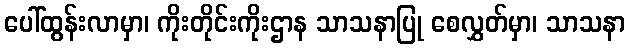
ပေါ်ထွန်းလာမှာ၊ ကိုးတိုင်းကိုးဌာန သာသနာပြု စေလွှတ်မှာ၊ သာသနာ